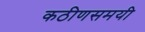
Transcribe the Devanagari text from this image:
कठीणसमयी